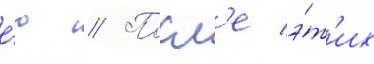
е́ю // Посл'е э́т'их